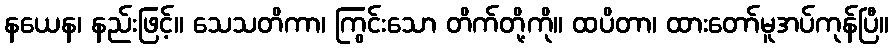
နယေန၊ နည်းဖြင့်။ သေသတိကာ၊ ကြွင်းသော တိက်တို့ကို။ ထပိတာ၊ ထားတော်မူအပ်ကုန်ပြီ။